Civil Veterinary Department. United Provinces 1932-42 - 1932-1942
Year: 1932
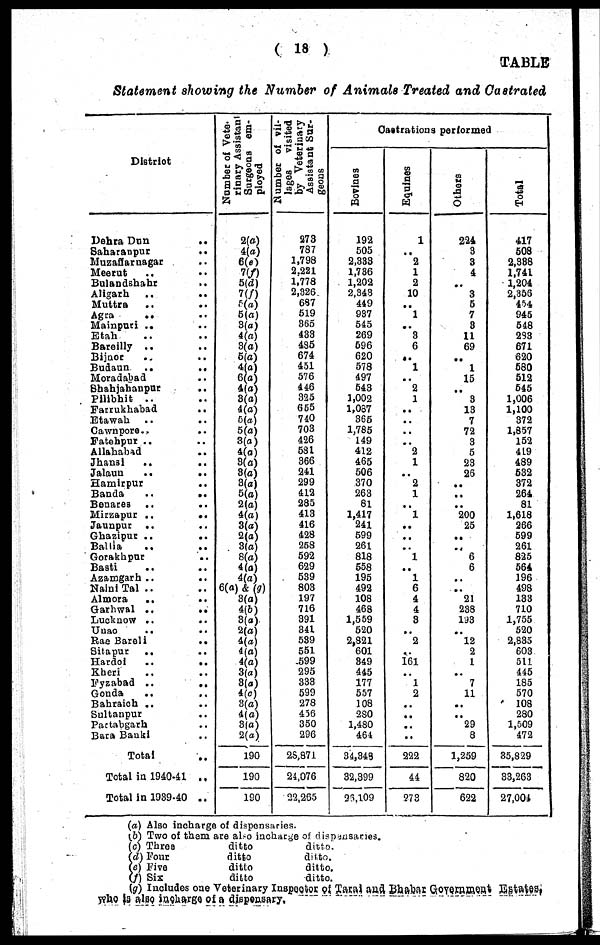
( 18 )
TABLE
Statement showing the Number of Animals Treated and Castrated
District
Dehra Dun ..
Saharanput
..
Muzaffarnagar
Meerut ..
Bulandshahr ..
Aligarh .. ..
Muttra ..
Agra
..
Mainpuri ..
Etah
Bareilly ..
Bijnor
Budaun
..
..
Moradabad
Sbahjahanpur
Pilibhit ..
Farrukhabad
..
Etawah .. ..
Cawnpore.,
Fatehpur ..
Allahabad
Jhansi
..
Jalaun
..
..
Hamirpur ..
Banda
..
..
Benares
..
Mirzapur ..
..
Jaunpur
..
Ghazipur ..
..
Ballia
Gorakhpur
Basti
..
Azamgarh ..
Naini Tal ..
Almora
..
..
Garhwal ..
..
Lucknow ..
Unao
..
Rae Bareli
..
Sitapur
..
Hardoi
..
..
Eheri
Fyzabad ..
„
Gonda
..
Bahraich ..
Sultanpur
Partabgarh
Bara Banki
Total
Total in 1940-41 ..
Total in 1939-40 ..
Number of Vete-
rinary Assistant
Surgeons em-
ployed
2(a)
4(a)
6(e)
7(f)
5(d)
7(f)
5(a)
5(a)
8(a)
4(a)
3(a)
5(a)
4(a)
6(a)
4(a)
3(a)
4(a)
5(a)
5(a)
3(a)
4(a)
3(a)
3(a)
3(a)
5(a)
2(a)
4(a)
3(a)
2(a)
3(a)
8(a)
4(a)
4(a)
6(a) & (g)
3(a)
4(b)
3(a)
2(a)
4(a)
4(a)
4(a)
3(a)
3(a)
4(c)
3(a)
4(a)
3(a)
2(a)
190
190
190
Number of vil-
lages
visited
by Veterinary
Assistant Sur-
geons
273
787
1,798
2,221
1,778
2,326
687
519
365
433
485
674
451
576
446
325
655
740
703
426
581
366
241
299
412
285
413
416
428
258
592
629
539
803
197
716
391
341
589
551
599
295
333
599
278
456
350
296
28,871
24,076
22,265
Castrations performed
Bovines
192
505
2,333
1,786
1,202
2,343
449
937
545
269
596
620
578
497
543
1,002
1,087
365
1,785
149
412
465
506
370
263
81
1,417
241
599
261
818
658
195
492
108
468
1,559
520
2,821
601
349
445
177
557
108
280
1,480
464
34,348
32,399
26,109
Equines
1
..
2
1
2
10
..
1
..
3
6
..
1
..
2
1
..
..
..
..
2
1
..
2
1
..
1
..
..
.. 1
..
1
6
4
4
3
.. 2
..
161
..
1
2
..
..
..
..
222
44
273
Others
224
3
3
4
..
3
5
7
3
11
69
..
1
15
..
3
13
7
72
3
5
23
26
..
..
..
200
25
..
.. 6
6
..
..
21
238
193
.. 12
2
1
..
7
11
..
..
29
8
1,259
820
622
Total
417
508
2,388
1,741
1,204
2,356
454
945
548
288
671
620
580
512
545
1,006
1,100
372
1,857
152
419
489
532
372
264
81
1,618
266
599
261
825
564
196
498
133
710
1,755
520
2,835
603
511
445
185
570
108
280
1,509
472
35,829
33,263
27,004
(a)
(b)
(c)
(d)
(c)
(f)
(g)
Also incharge of dispensaries.
Two of them are also incharge of dispensaries.
Three
ditto
ditto.
Four
ditto
ditto.
Five
ditto
ditto.
Six
ditto
ditto.
Includes one Veterinary Inspector of Taiai and Bhabar Government Estates,
who la also incharge of a dispensary.